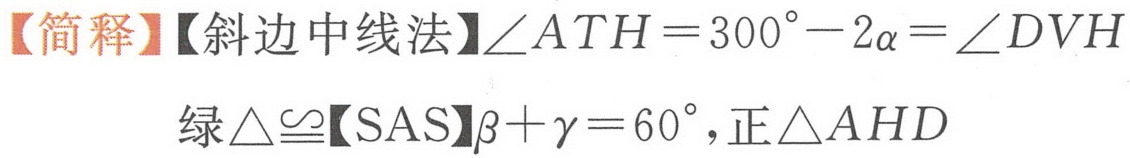
【简释】【斜边中线法】\(\angle ATH = 300^{\circ}-2\alpha=\angle DVH\)
绿\(\triangle\cong\)【SAS】\(\beta+\gamma = 60^{\circ}\)，正\(\triangle AHD\)